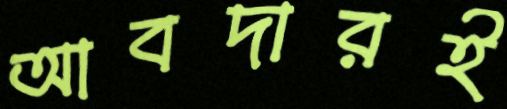
আবদারই